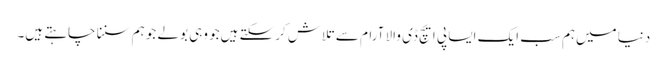
دنیا میں‌ہم سب ایک ایسا پی ایچ ڈی والا آرام سے تلاش کرسکتے ہیں‌جو وہی بولے جو ہم سننا چاہتے ہیں۔